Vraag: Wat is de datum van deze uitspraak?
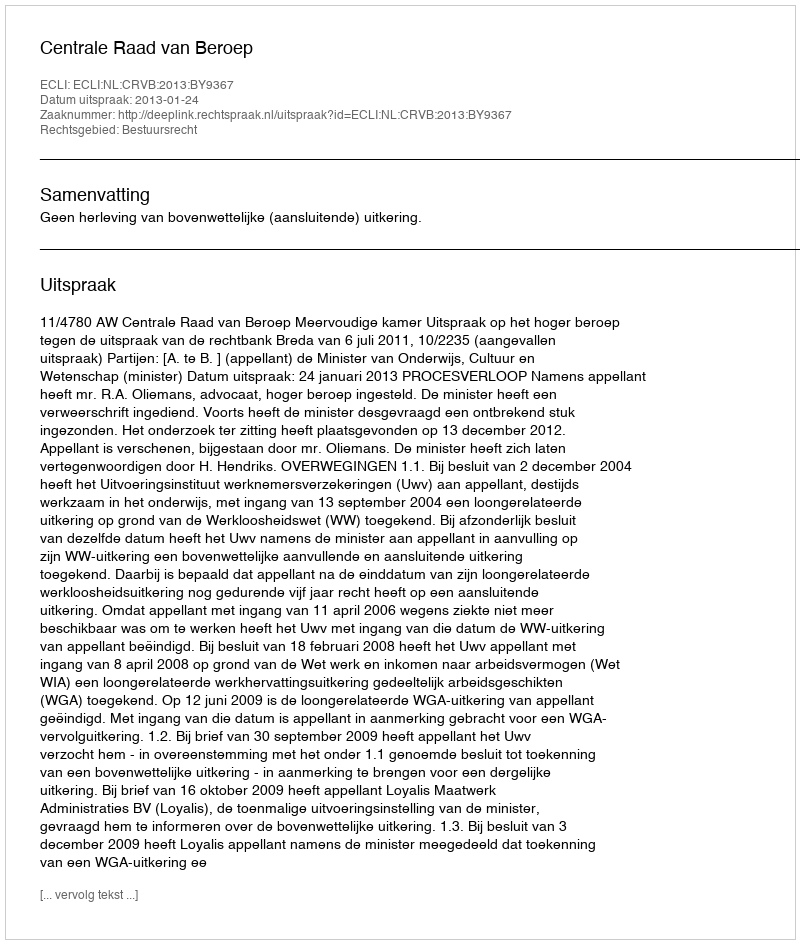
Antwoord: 2013-01-24